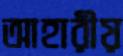
আহারীয়